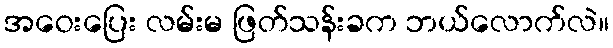
အဝေးပြေး လမ်းမ ဖြတ်သန်းခက ဘယ်လောက်လဲ။